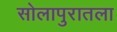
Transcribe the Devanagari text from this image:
सोलापुरातला